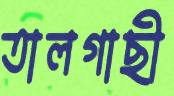
তালগাছী